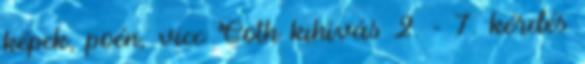
képek, poén, vicc Goth kihívás 2. - 7. kérdés